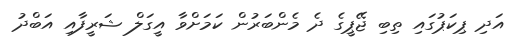
އަދި ޕިކަޕުގައި ތިބި ޖޭޕީގެ ދެ މެންބަރުން ކަމަށްވާ އީގަލް ޝަރީފާއި އަބްދު